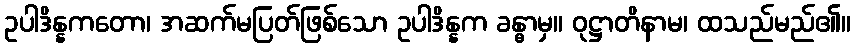
ဥပါဒိန္နကတော၊ အဆက်မပြတ်ဖြစ်သော ဥပါဒိန္နက ခန္ဓာမှ။ ဝုဋ္ဌာတိနာမ၊ ထသည်မည်၏။